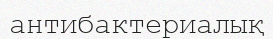
антибактериалық